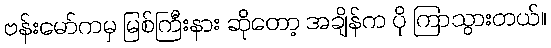
ဗန်းမော်ကမှ မြစ်ကြီးနား ဆိုတော့ အချိန်က ပို ကြာသွားတယ်။